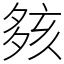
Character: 㚊